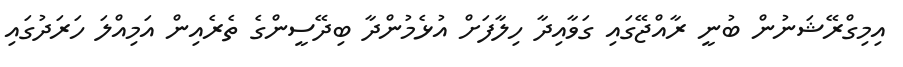
އިމިގްރޭޝަނުން ބުނީ ރާއްޖޭގައި ގަވާއިދާ ހިލާފަށް އުޅެމުންދާ ބިދޭސީންގެ ތެރެއިން އަމިއްލަ ހަރަދުގައި